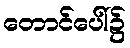
တောင်ပေါ်၌